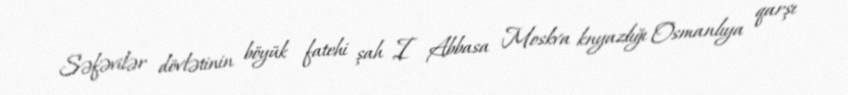
Səfəvilər dövlətinin böyük fatehi şah I Abbasa Moskva knyazlığı Osmanlıya qarşı